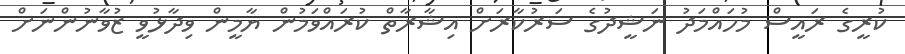
ކުރީގެ ރައީސް މުހައްމަދު ނަޝީދުގެ ސަރުކާރަށް އިޝާރާތް ކުރައްވަމުން ޔާމީން ވިދާޅުވީ ޒުވާނުންނަށް